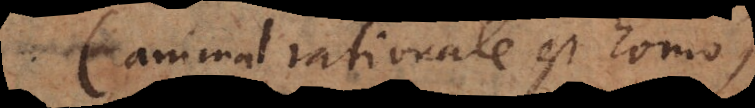
animal rationale est omnis